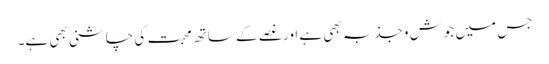
جس میں جوش وجذبہ بھی ہے اور غصے کے ساتھ محبت کی چاشنی بھی ہے۔